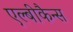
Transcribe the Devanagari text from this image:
एल्बीकैन्स